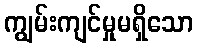
ကျွမ်းကျင်မှုမရှိသော